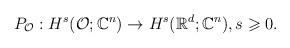
LaTeX: \begin{align*}P_\mathcal{O}: H^s(\mathcal{O};\mathbb{C}^n)\rightarrow H^s(\mathbb{R}^d;\mathbb{C}^n),s \geqslant 0.\end{align*}